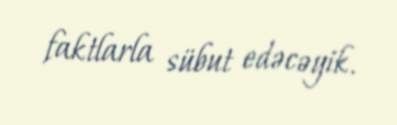
faktlarla sübut edəcəyik.